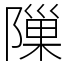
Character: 隟